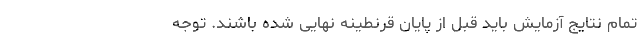
تمام نتایج آزمایش باید قبل از پایان قرنطینه نهایی شده باشند. توجه